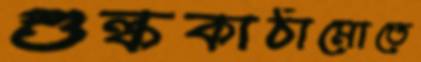
শুল্ককাঠামোতে